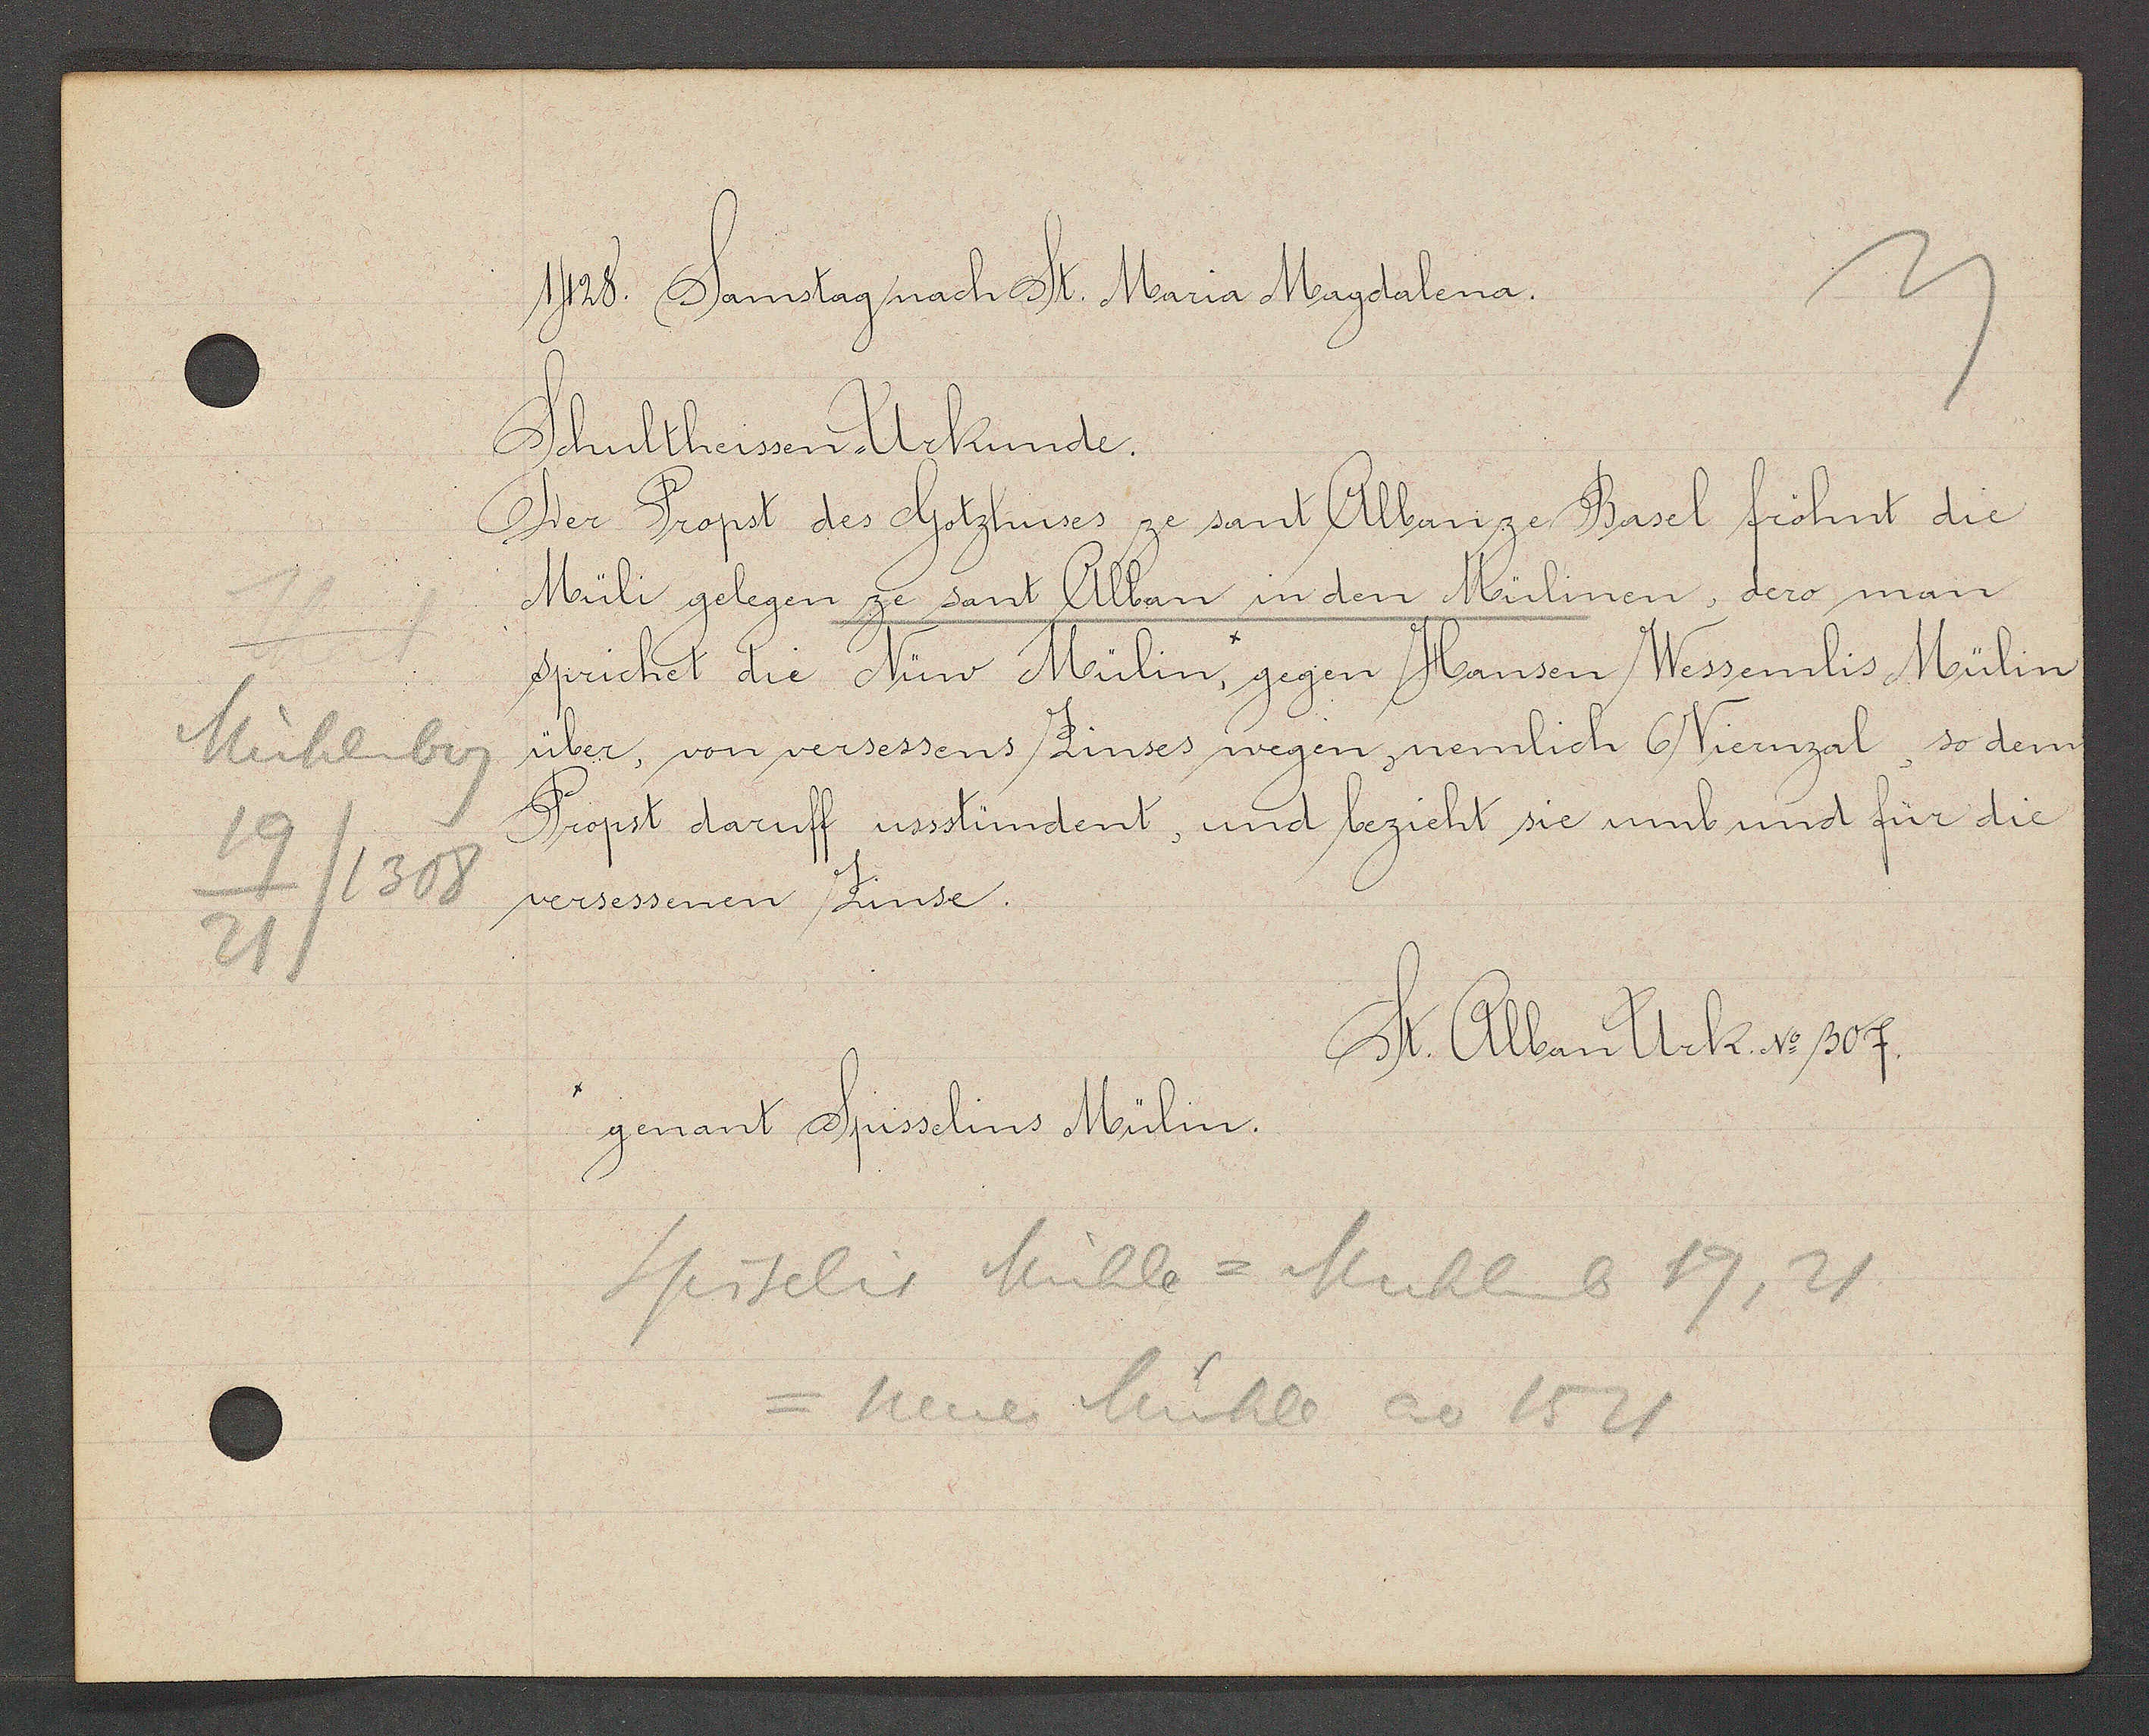
Transcript:
Mühlenberg
19/1308
21

1428. Samstag nach St. Maria Magdalena.

Schultheissen Urkunde.
Der Propst des Gotzhuses ze sant Alban ze Basel fröhnt die
Müli gelegen ze sant Alban in den Mülinen, dero man
sprichet die Nüw Mülin, gegen Hansen Wessemlis Mülin
über, von versessens Zinses wegen nemlich 6 Viernzal, so dem
Propst daruff ussstündent, und bezieht sie umb und für die
versessenen Zinse.

genant Spisselins Mülin.

St. Alban Urk. No 307.

Spiselis Mühle = Muhlenb 19, 21
= neuer Mühle ao 1521